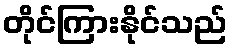
တိုင်ကြားနိုင်သည်